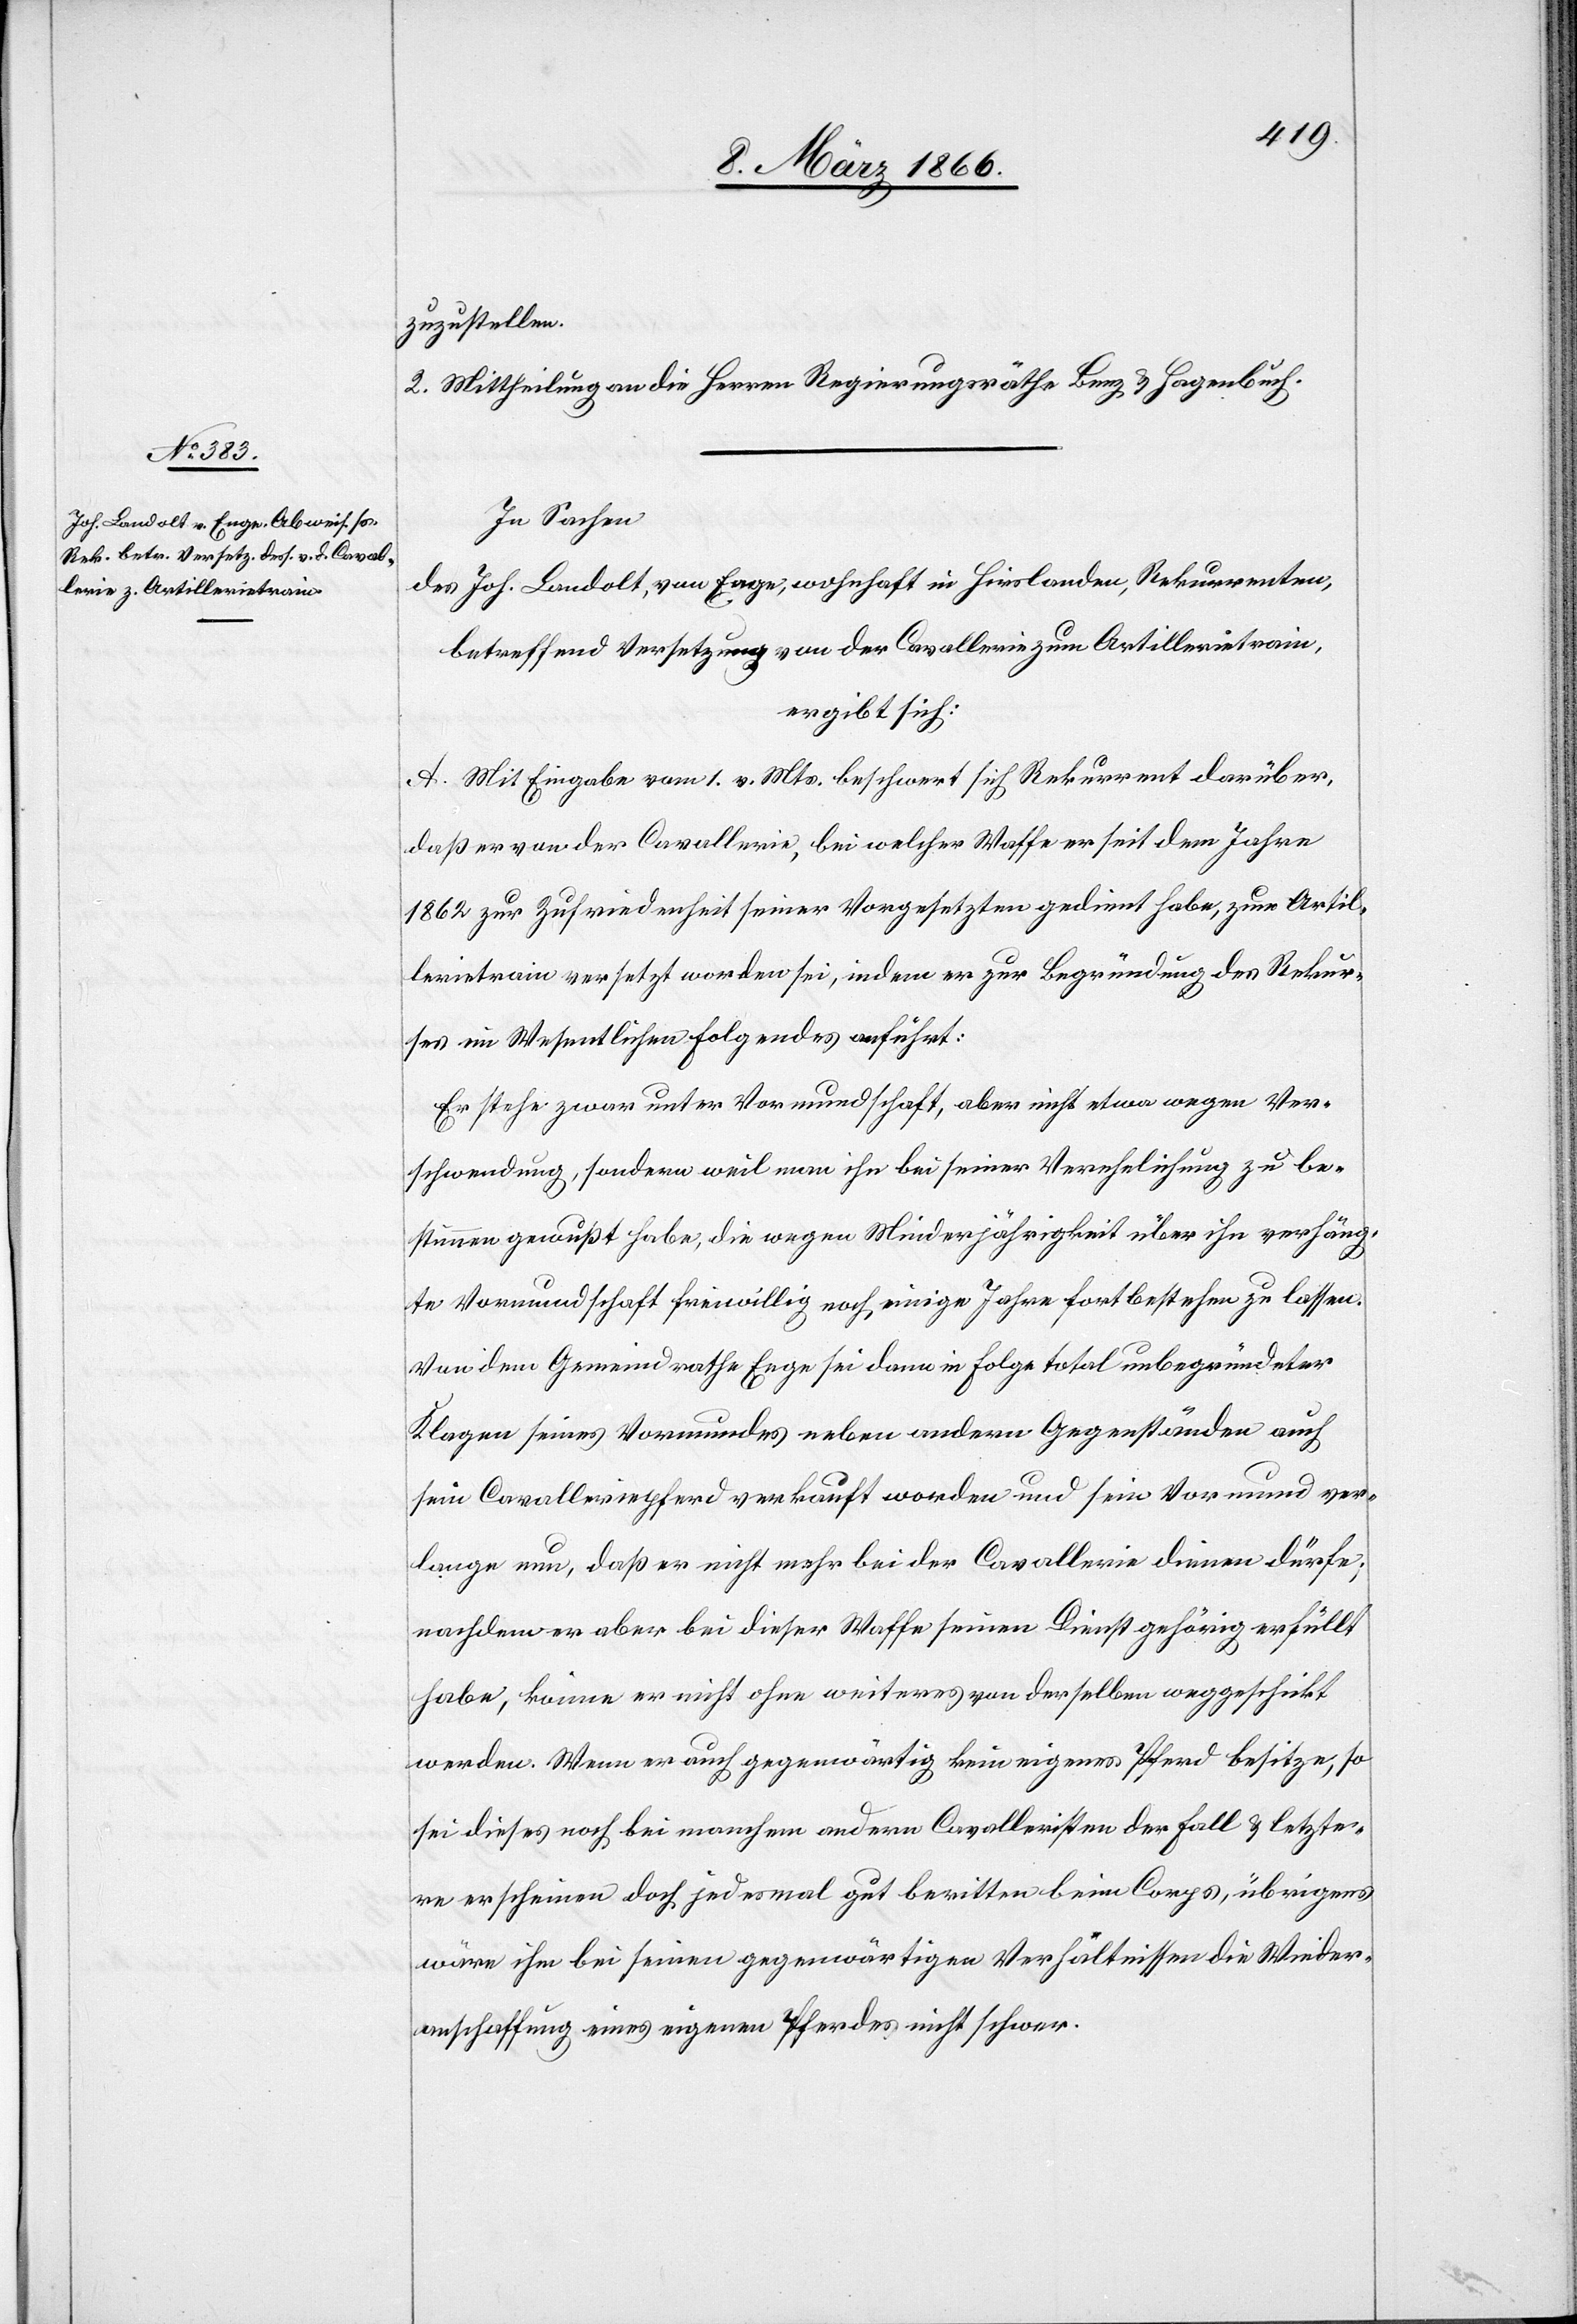
zuzustellen.
2. Mittheilung an die Herren Regierungsräthe Benz u. Hagenbuch.
In Sachen
des Joh. Landolt, von Enge, wohnhaft in Hirslanden, Rekurrenten,
betreffend Versetzung von der Cavallerie zum Artillerietrain,
ergibt sich:
A. Mit Eingabe vom 1. v. Mts. beschwert sich Rekurrent darüber,
daß er von der Cavallerie, bei welcher Waffe er seit dem Jahre
1862 zur Zufriedenheit seiner Vorgesetzten gedient habe, zum Artil¬
lerietrain versetzt worden sei, indem er zur Begründung des Rekur¬
ses im Wesentlichen folgendes anführt:
Er stehe zwar unter Vormundschaft, aber nicht etwa wegen Ver¬
schwendung, sondern weil man ihn bei seiner Verehelichung zu be¬
stimmen gewußt habe, die wegen Minderjährigkeit über ihn verhäng¬
te Vormundschaft freiwillig noch einige Jahre fortbestehen zu lassen.
Von dem Gemeindrathe Enge sei dann in Folge total unbegründeter
Klagen seines Vormundes neben andern Gegenständen auch
sein Cavalleriepferd verkauft worden und sein Vormund ver¬
lange nun, daß er nicht mehr bei der Cavallerie dienen dürfe;
nachdem er aber bei dieser Waffe seinen Dienst gehörig erfüllt
habe, könne er nicht ohne weiteres von derselben weggeschickt
werden. Wenn er auch gegenwärtig kein eigenes Pferd besitze, so
sei dieses noch bei manchen andern Cavalleristen der Fall u. letzte¬
re erscheinen doch jedesmal gut beritten beim Corps, übrigens
wäre ihm bei seinen gegenwärtigen Verhältnissen die Wieder¬
anschaffung eines eigenen Pferdes nicht schwer.